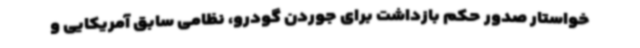
خواستار صدور حکم بازداشت برای جوردن گودرو، نظامی سابق آمریکایی و